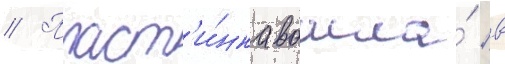
// Пласт'и́нка вошла́ в